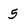
Character: 5